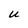
Character: U